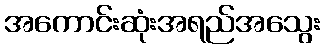
အကောင်းဆုံးအရည်အသွေး